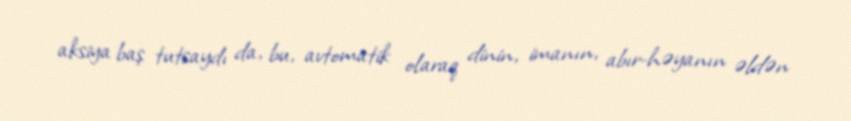
aksiya baş tutsaydı da, bu, avtomatik olaraq dinin, imanın, abır-həyanın əldən